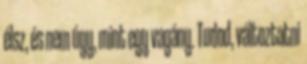
élsz, és nem úgy, mint egy vagány. Tudod, változtatni